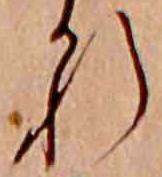
れ